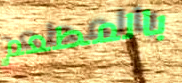
بالمطعم